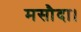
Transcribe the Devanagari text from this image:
मसौदा।